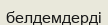
белдемдерді